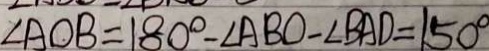
\angle A O B = 1 8 0 ^ { \circ } - \angle A B O - \angle B A D = 1 5 0 ^ { \circ }